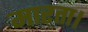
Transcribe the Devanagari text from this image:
मारता।